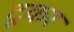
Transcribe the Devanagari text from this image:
टूकर